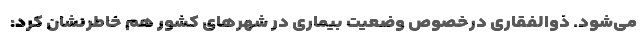
می‌شود. ذوالفقاری درخصوص وضعیت بیماری در شهرهای کشور هم خاطرنشان کرد: